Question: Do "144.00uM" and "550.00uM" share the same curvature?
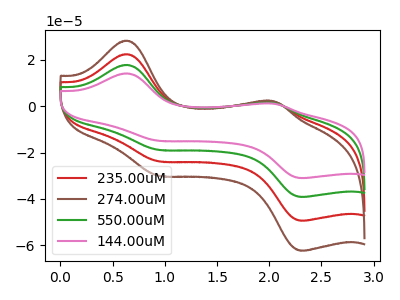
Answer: <think>The red curve "235.00uM" has anodic peaks at (0.65V, 35.35uA) (2.05V, 2.60uA) and cathodic peaks at (0.95V, -37.60uA) (2.35V, -78.25uA). The brown curve "274.00uM" has anodic peaks at (0.65V, 53.00uA) (2.05V, 3.90uA) and cathodic peaks at (0.95V, -56.40uA) (2.35V, -117.35uA). The green curve "550.00uM" has anodic peaks at (0.65V, 17.65uA) (2.05V, 1.30uA) and cathodic peaks at (0.95V, -18.80uA) (2.35V, -39.10uA). The pink curve "144.00uM" has anodic peaks at (0.65V, 14.00uA) (2.05V, 1.05uA) and cathodic peaks at (0.95V, -14.90uA) (2.35V, -31.00uA).
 All the peaks in "144.00uM" have a peak in "550.00uM" at the same potential. Every peak in "144.00uM" is lower than every peak in "550.00uM".</think>
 <answer>"144.00uM" and "550.00uM" are similar in shape.</answer>
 <eval>same_shape</eval>